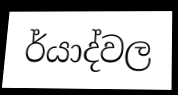
ර්යාද්වල